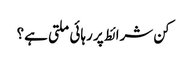
کن شرائط پر رہائی ملتی ہے؟